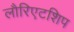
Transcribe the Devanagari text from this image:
लौरिएटशिप